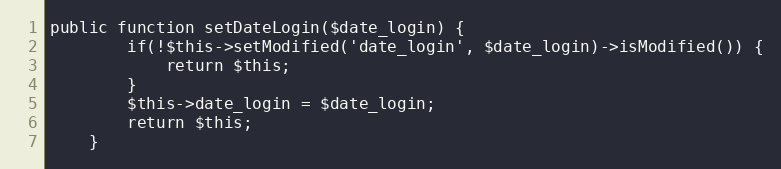
Language: PHP
public function setDateLogin($date_login) {
        if(!$this->setModified('date_login', $date_login)->isModified()) {
            return $this;
        }
		$this->date_login = $date_login;
		return $this;
    }